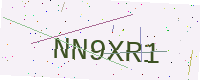
Text: NN9XR1